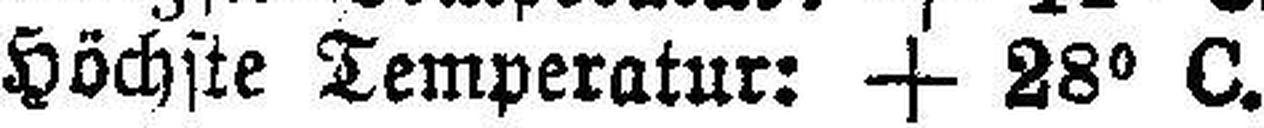
Höchste Temperatur: + 28° C.